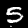
Digit: 5